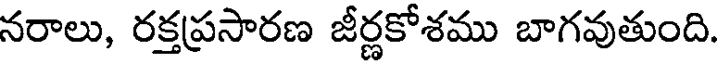
నరాలు, రక్తప్రసారణ జీర్ణకోశము బాగవుతుంది.